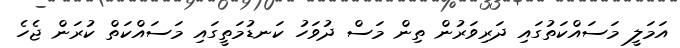
އަމަލީ މަސައްކަތުގައި ދަރިވަރުން ތިން މަސް ދުވަހު ކަނޑުމަތީގައި މަސައްކަތް ކުރަން ޖެހެ